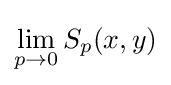
\lim _{p\to 0}S_{p}(x,y)